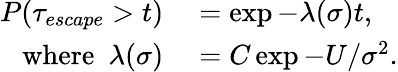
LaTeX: \begin{array}{rl}{P(\tau_{escape}>t)}&{{}=\exp{-\lambda(\sigma)t},}\\ {\mathrm{where}~~\lambda(\sigma)}&{{}=C\exp{-U/\sigma^{2}}.}\end{array}